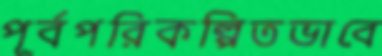
পূর্বপরিকল্পিতভাবে